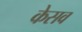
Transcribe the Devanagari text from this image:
केसव